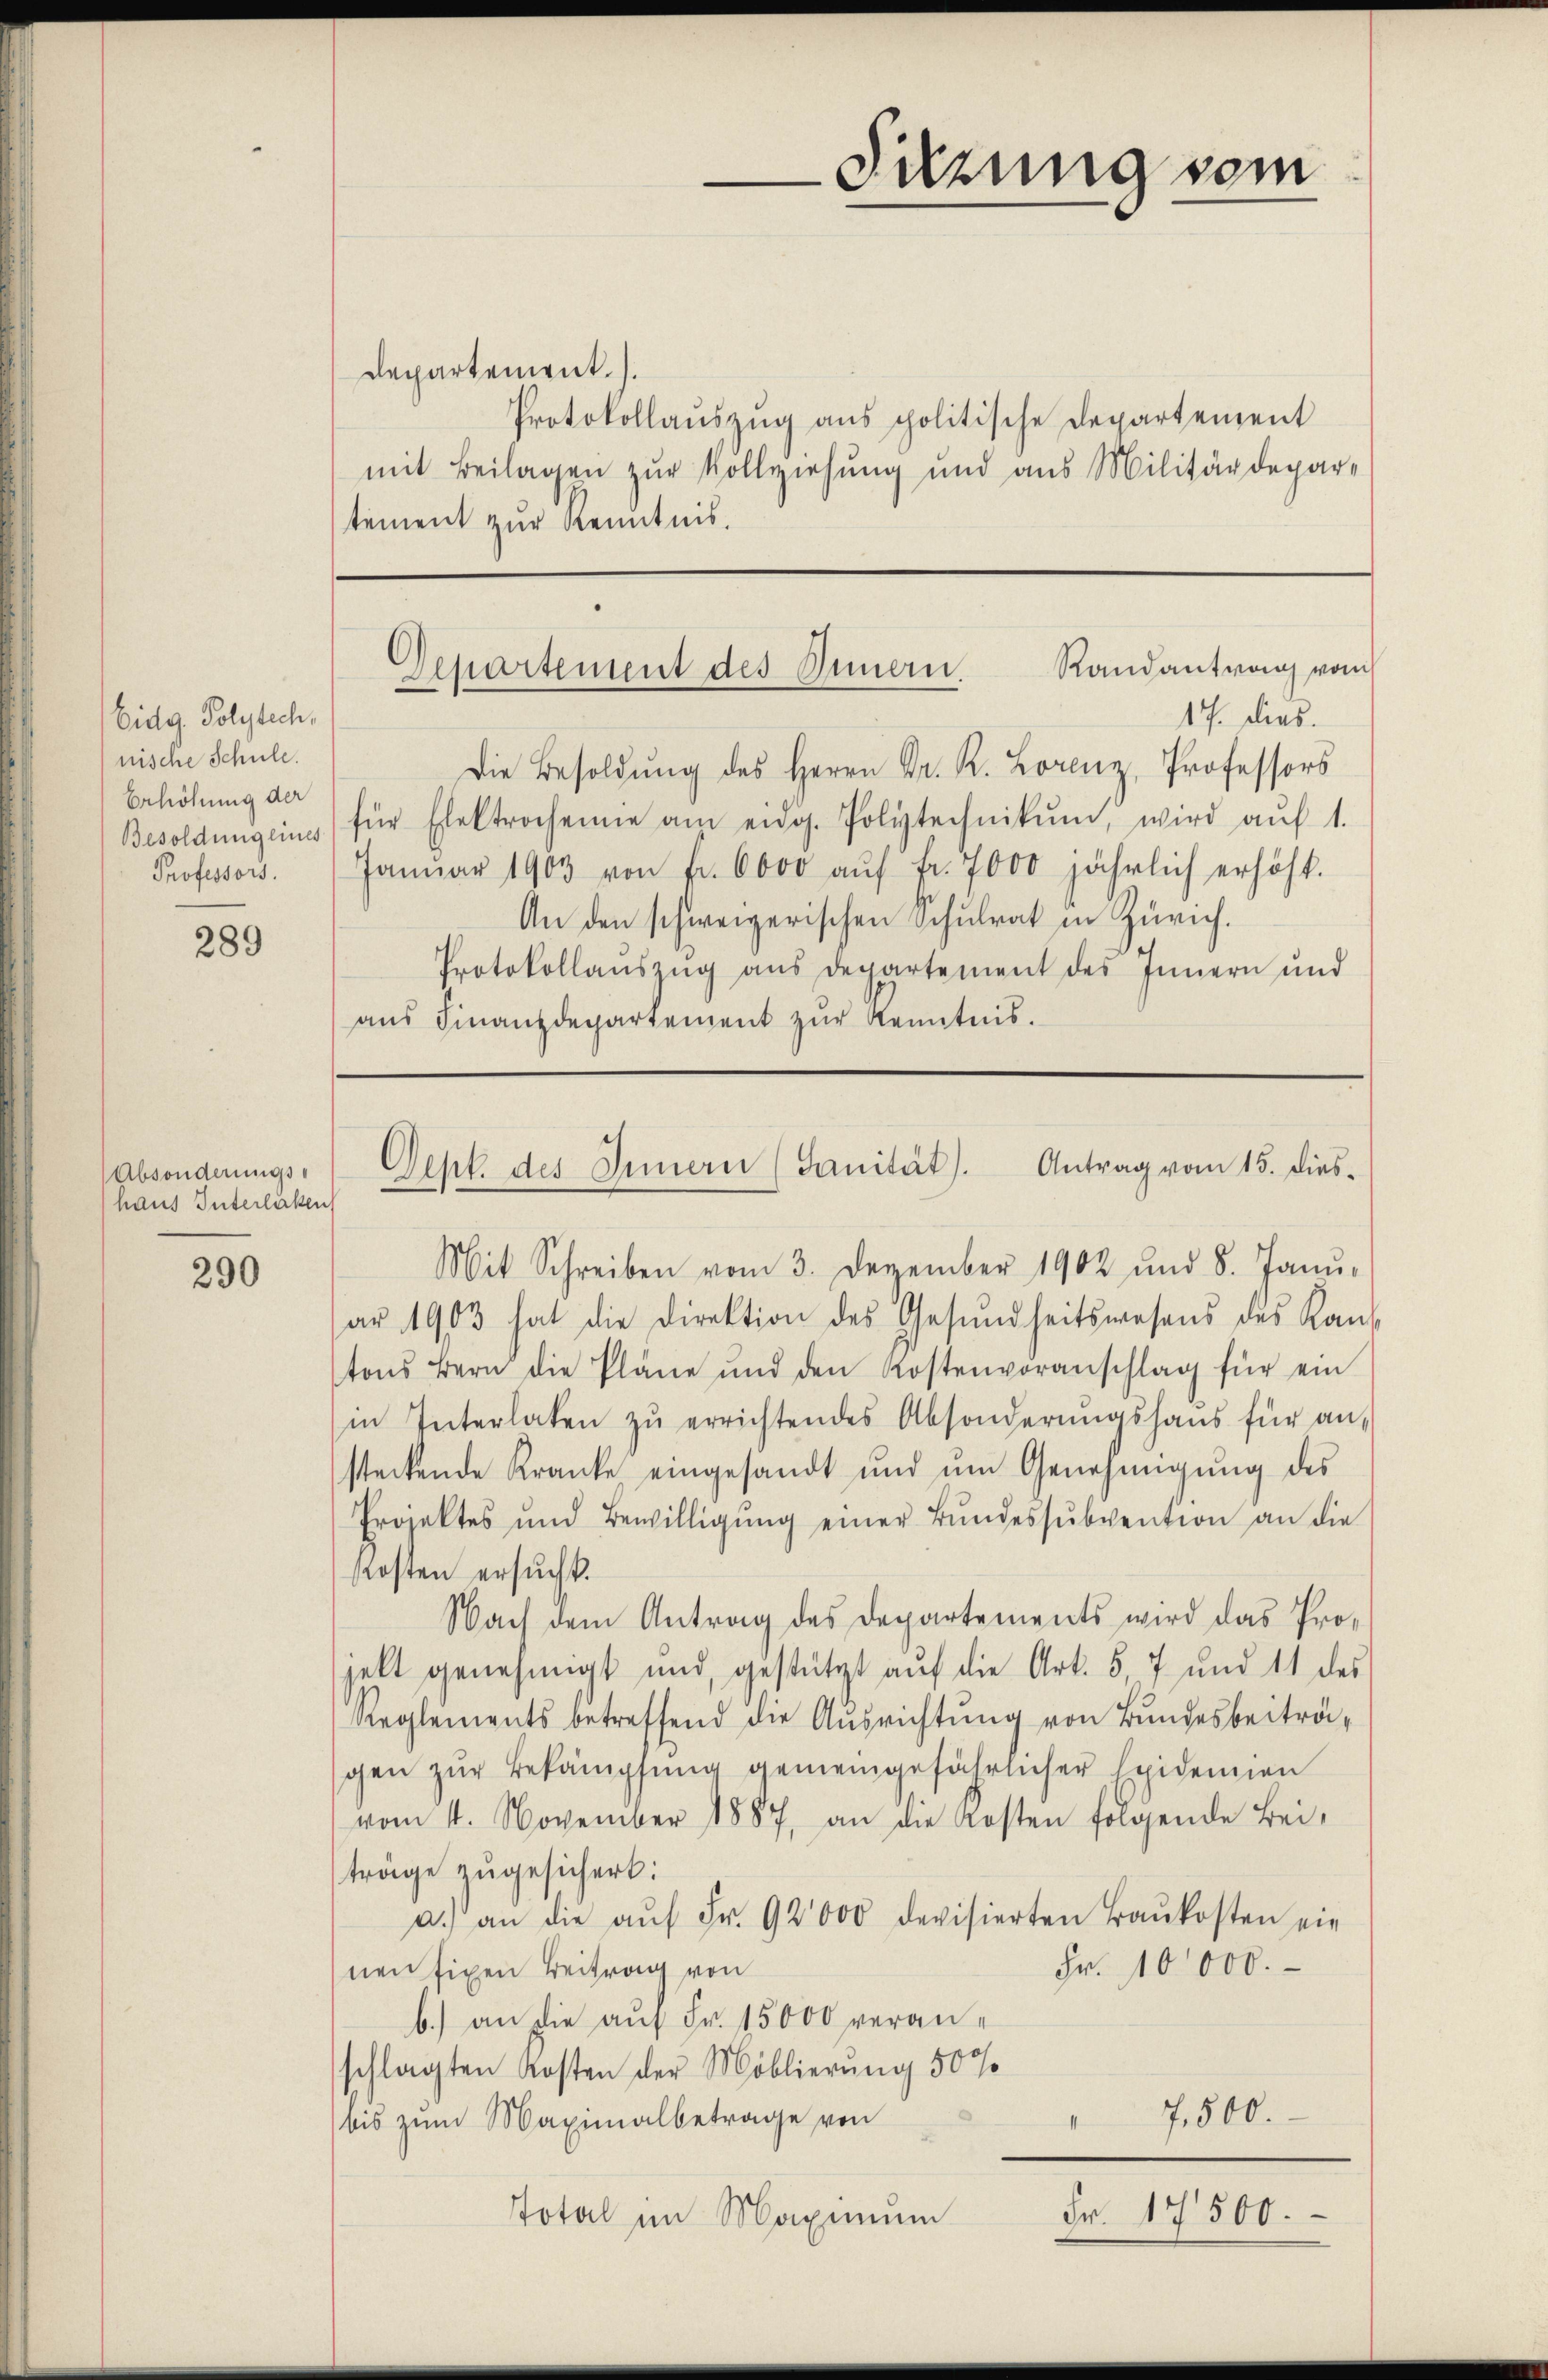
Eidg. Polytech,
nische Schule.
Erhöhung der
Besoldung eines
Professors.

289

Absonderungshaus Interlaßen

290

departement.
Protokollauszug aus politische Departement
mit Beilagen zur Vollziehung und aus Militärdepar-
tement zur Kenntnis.

17. dies.
Die Besoldŭng des Herrn Dr. K. Lorenz, Professors
für Elektrochenie am eidg. Polytechnikum, wird aŭf 1.
Janŭar 1903 von fr. 6000 aŭf fr. 7000 jährlich erhöht.
An den schweizerischen Schulrat in Zürich.
Protokollaŭszŭg aŭs departement des Innern und
aŭs Finanzdepartement zŭr Kenntnis.

Sitzung vom

Departement des Innern. Randantrang vom

Deht. des Innern (Sanität). Antrag vom 15. dies-

Mit Schreiben vom 3. Dezember 1902 und 8. Janŭ-
ar 1903 hat die Direktion des Gesŭndheitswesens des Kan-
tons Bern die Pläne und den Kostenvoranschlag für ein
in Interlaken zŭ errichtendes Absonderŭngshaŭs für an-
steckende Kranke eingesandt und ŭm Genehmigŭng des
Projektes und Bewilligŭng einer Bŭndessŭbvention an die
Kosten ersucht.
Nach dem Antrag des Departements wird das Pro-
jekt genehmigt und gestützt aŭf die Art. 57 und 11 des
Reglements betreffend die Aŭsrichtŭng von Bundesbeiträ-
gen zŭr Bekämpfung gemeingefährlicher Epidemien
vom 4. November 1887, an die Kosten folgende Bei-
träge zugesichert:
a.) an die aŭf Fr. 92000 devisierten Baŭkosten ein
Fr. 10000.
nen fixen Beitrag von
b.) an die aŭf Fr. 15000 veranschlagten Kosten der Moblierung 500
7,500.
bis zum Maximalbetrage von
II
Fr. 17500.
Total im Maximum